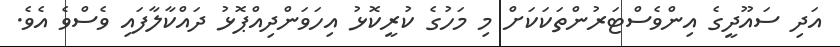
އަދި ސައޫދީގެ އިންވެސްޓަރުންތަކަކަށް މި މަހުގެ ކުރީކޮޅު އިހަވަންދިއްޕޮޅު ދައްކާލާފައި ވެސްވެ އެވެ.